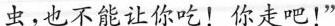
虫，也不能让你吃！你走吧！”